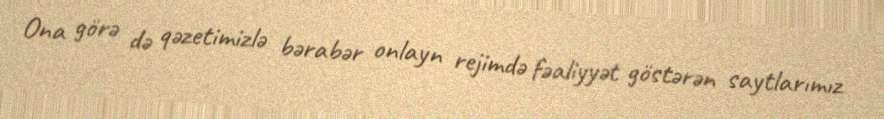
Ona görə də qəzetimizlə bərabər onlayn rejimdə fəaliyyət göstərən saytlarımız